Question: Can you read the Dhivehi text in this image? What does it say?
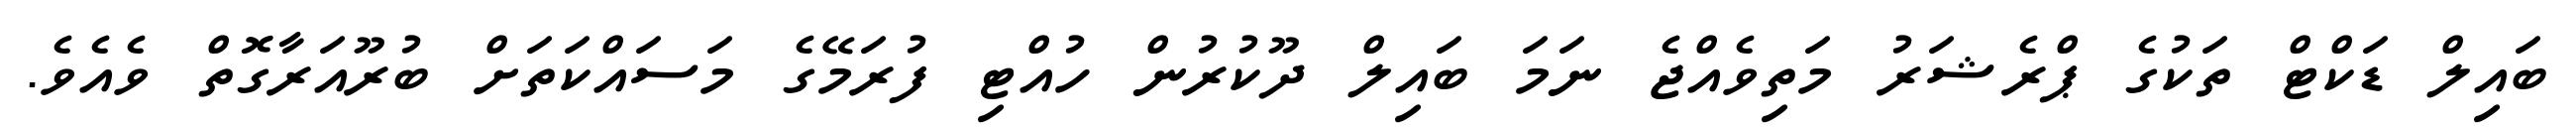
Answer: ބައިލް ޑަކްޓް ތަކުގެ ޕްރެޝަރު މަތިވެއްޖެ ނަމަ ބައިލް ދޫކުރުން ހުއްޓި ފުރަމޭގެ މަސައްކަތަށް ބުރޫއަރާގޮތް ވެއެވެ.